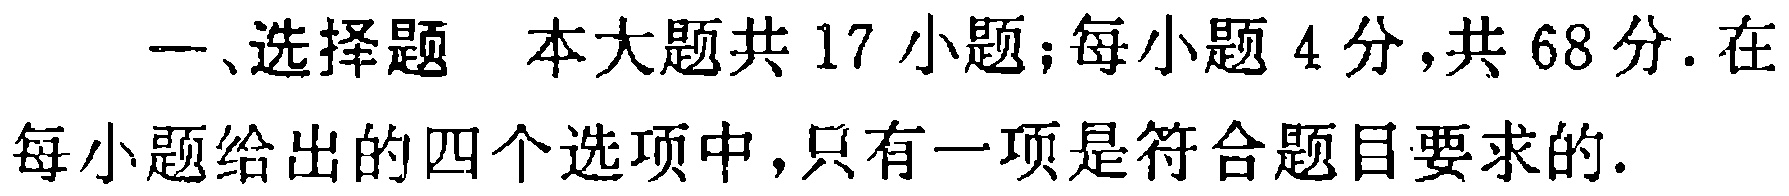
一、选择题 本大题共17小题；每小题4分，共68分. 在每小题给出的四个选项中，只有一项是符合题目要求的.